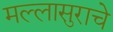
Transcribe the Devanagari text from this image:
मल्लासुराचे